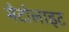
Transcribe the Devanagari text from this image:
मेटोलाइट